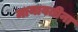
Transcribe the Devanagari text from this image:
मायावतीना